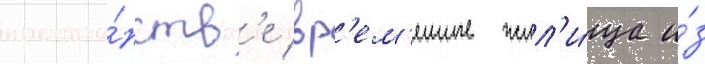
простра́нств'е вр'ем'енные жил'и́ща и́з